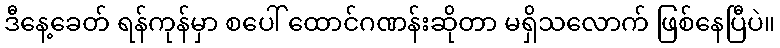
ဒီနေ့ခေတ် ရန်ကုန်မှာ စပေါ် ထောင်ဂဏန်းဆိုတာ မရှိသလောက် ဖြစ်နေပြီပဲ။